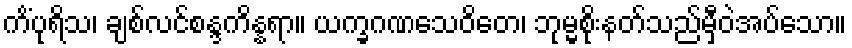
ကိံပုရိသ၊ ချစ်လင်စန္ဒကိန္နရာ။ ယက္ခဂဏသေဝိတေ၊ ဘုမ္မစိုးနတ်သည်မှီဝဲအပ်သော။